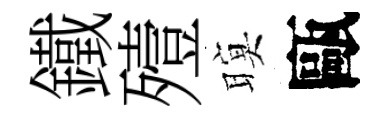
鐵殪暝甌